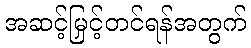
အဆင့်မြှင့်တင်ရန်အတွက်